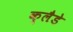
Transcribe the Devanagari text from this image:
क्लैडे